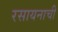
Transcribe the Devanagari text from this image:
रसायनाची